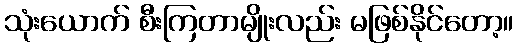
သုံးယောက် စီးကြတာမျိုးလည်း မဖြစ်နိုင်တော့။